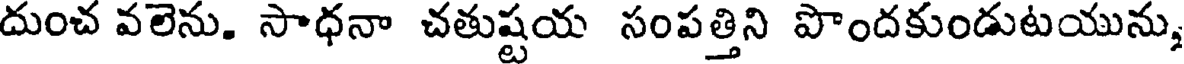
దుంచ వలెను. సాధనా చతుష్టయ సంపత్తిని పొందకుండుటయును,